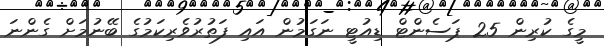
މީގެ ކުރިން 25 ޕަސެންޓް ޑިއުޓީ ނަގަމުން އައި ފަތުރުވެރިކަމުގެ ބޭނުމަށް ގެންނަ